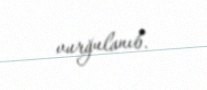
vurğulanıb.